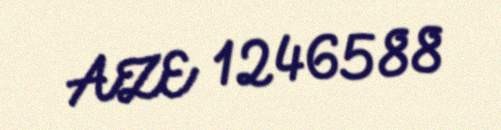
AZE 1246588